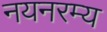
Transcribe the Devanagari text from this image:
नयनरम्‍य